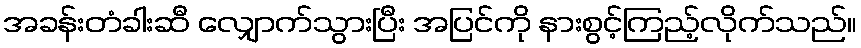
အခန်းတံခါးဆီ လျှောက်သွားပြီး အပြင်ကို နားစွင့်ကြည့်လိုက်သည်။